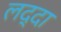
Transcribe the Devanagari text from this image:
लद्दा